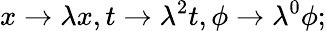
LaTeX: x\to\lambda x,t\to\lambda^{2}t,\phi\to\lambda^{0}\phi;